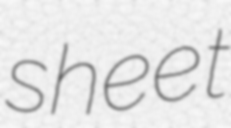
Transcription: sheet